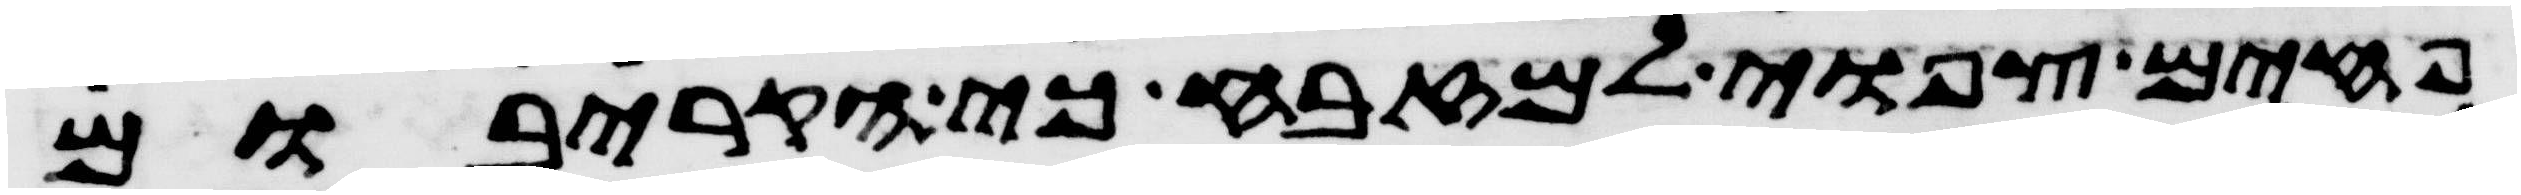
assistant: פחים צפואי למזבח כי הקריבום